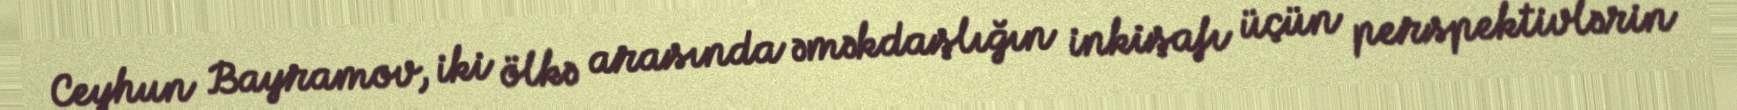
Ceyhun Bayramov, iki ölkə arasında əməkdaşlığın inkişafı üçün perspektivlərin